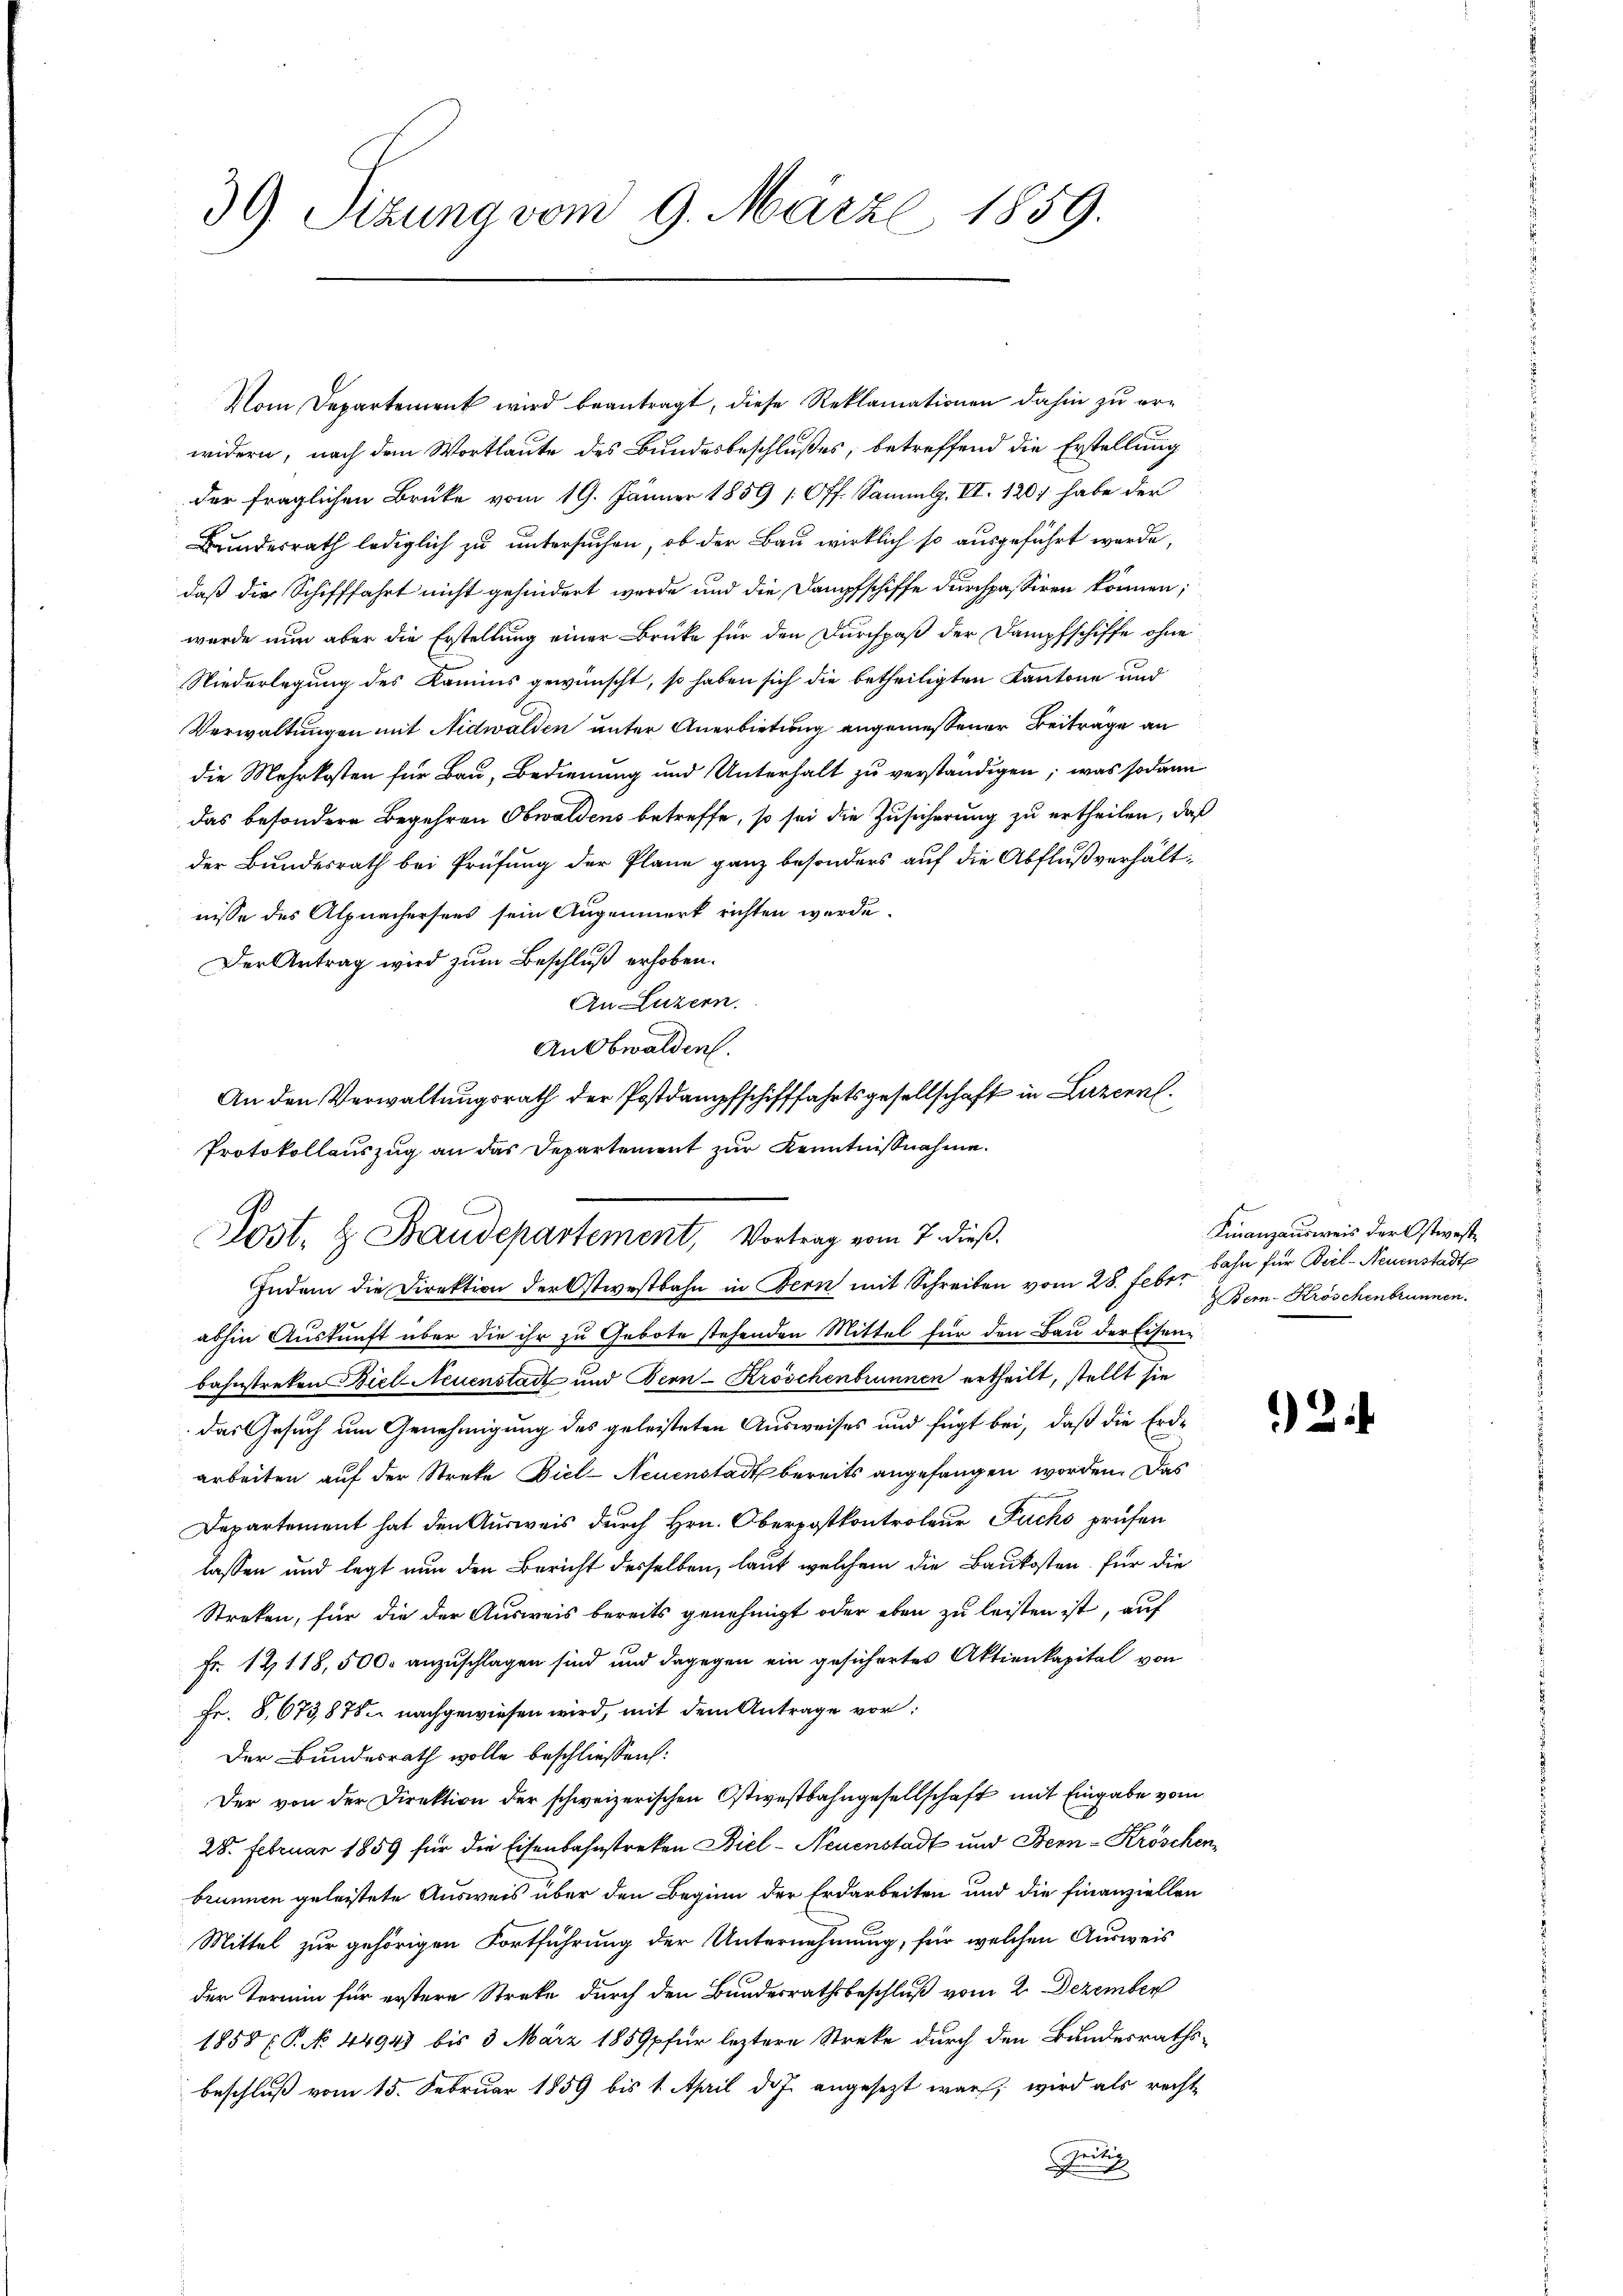
39. Sizung vom 9. März 1859.

Vom Departement wird beantragt, diese Reklamationen dahin zu erwidern, nach dem Wortlaute des Bundesbeschlußes, betreffend die Erstellung
der fraglichen Brüke vom 19. Jänner 1859 (Off. Sammlg. VI. 120) habe der
Bundesrath lediglich zu untersuchen, ob der Bau wirklich so ausgeführt werde,
daß die Schifffahrt nicht gehindert werde und die Dampfschiffe durchpassiren können;
wurde nun aber die Erstellung einer Brüke für den Durchpaß der Dampfschiffe ohne
Niederlegung des Kamins gewünscht, so haben sich die betheiligten Kantone und
Verwaltungen mit Nidwalden unter Anerbietung angemessener Beitrage an
die Mehrkosten für Bau, Bedienung und Unterhalt zu verständigen; was sodann
das besondere Begehren Obwaldens betreffe, so sei die Zusicherung zu ertheilen, daß
der Bundesrath bei Prüfung der Plane ganz besonders auf die Abflußverhältnisse des Alpnachersees sein Augenmerk richten werde.
Der Antrag wird zum Beschluß erhoben.
An Luzern.
abhin Auskunft über die ihr zu Gebote stehenden Mittel für den Bau der Eisenbahnstreken Biel Neuenstadt und Bern-Kröschenbrunnen ertheilt, stellt sie
das Gesuch um Genehmigung des geleisteten Ausweises und fügt bei, daß die Erdarbeiten auf der Streke Biel-Neuenstadt bereits angefangen worden. Das
Departement hat den Ausweis durch Hrn. Oberpostkontroleur Fuchs prüfen
lassen und legt nun den Bericht desselben, laut welchem die Baukosten für die
Streken, für die der Ausweis bereits genehmigt oder eben zu leisten ist, auf
Fr. 14118, 5000 anzuschlagen sind und dagegen ein gesichertes Aktienkapital von
Fr. 8, 673,878 nachgewiesen wird, mit dem Antrage vor:
Der Bundesrath wolle beschliessen:
Der von der Direktion der schweizerischen Ostwestbahngesellschaft mit Eingabe vom
28. Februar 1859 für die Eisenbahnstreken Biel - Neuenstadt und Bern-Kröschenbrunnen geleistete Ausweis über den Beginn der Erdarbeiten und die Finanziellen
Mittel zur gehörigen Fortführung der Unternehmung, für welchen Ausweis
der Termin für erstere Streke durch den Bundesrathsbeschluß vom 2. Dezember
1858 P. N. 44943 bis 3 März 1859 für leztere Streke durch den Bundesrathsbeschluß vom 15. Februar 1859 bis 1. April des angesezt war, wird als rechte
Gutig

An Obwalden.
An den Verwaltungsrath der Postdampfschifffahrtsgesellschaft in Luzern
Protokollauszug an das Departement zur Kenntnißnahme.
Post. & Baudepartement, Vortrag vom 7. dieß.
Indem die Direktion der Ostwestbahn in Fern mit Schreiben vom 28. Febr. Bern- Kröschenbrunnen.

Finanzausweis der Ostwest
bahn für Biel-Neuenstadt

2.